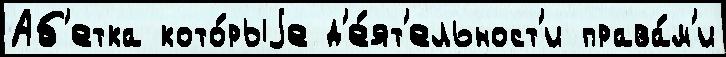
Аб'етка кото́рыjе д'е́ят'ельност'и права́м'и